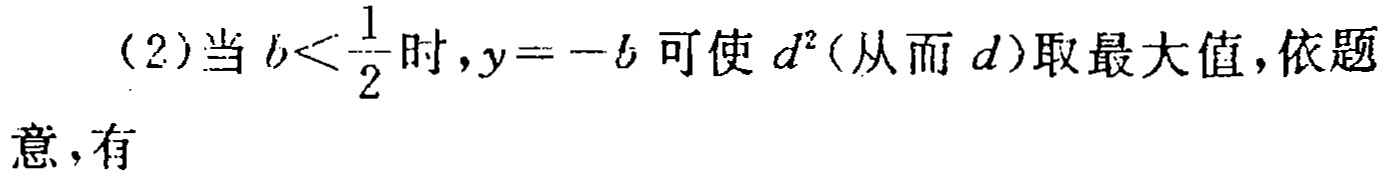
(2)当 \(b<\frac{1}{2}\) 时，\(y = -b\) 可使 \(d^{2}\)（从而 \(d\)）取最大值，依题意，有